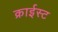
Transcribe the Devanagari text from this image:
क्राईस्ट